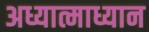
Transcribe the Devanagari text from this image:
अध्यात्माध्यान